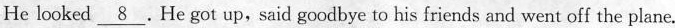
He looked \underline{8} .He got up, said goodbye to his friends and went off the plane.